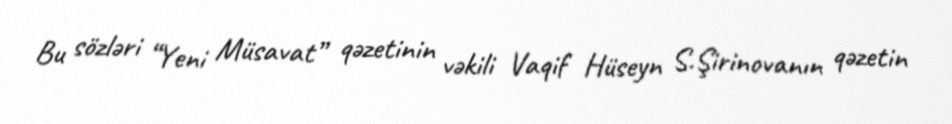
Bu sözləri “Yeni Müsavat” qəzetinin vəkili Vaqif Hüseyn S.Şirinovanın qəzetin